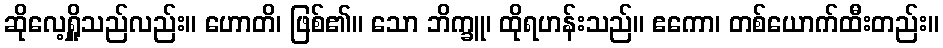
ဆိုလေ့ရှိူသည်လည်း။ ဟောတိ၊ ဖြစ်၏။ သော ဘိက္ခူ၊ ထိုရဟန်းသည်။ ဧကော၊ တစ်ယောက်ထီးတည်း။